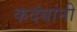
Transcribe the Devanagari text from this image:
कदंबांनी